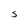
Character: S